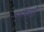
વનમાળી